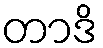
တာဒိ